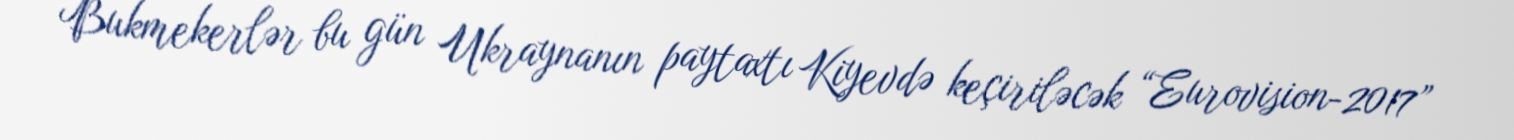
Bukmekerlər bu gün Ukraynanın paytaxtı Kiyevdə keçiriləcək “Eurovision-2017”